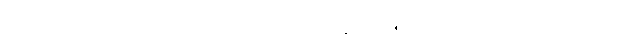
ဤအနက်သဘောကို။ သမ္ပဋိစ္ဆာမိ၊ ဝန်ခံပါ၏။ ဣတိ၊ ဤသို့။ အဝေါစ၊